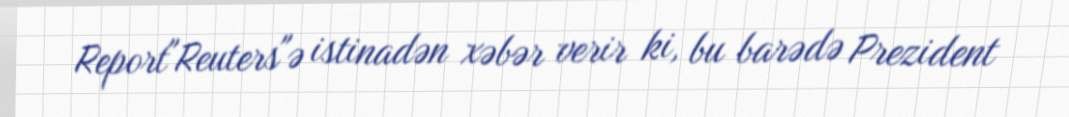
Report"Reuters"ə istinadən xəbər verir ki, bu barədə Prezident